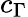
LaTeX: c_{\Gamma}